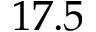
1 7 . 5